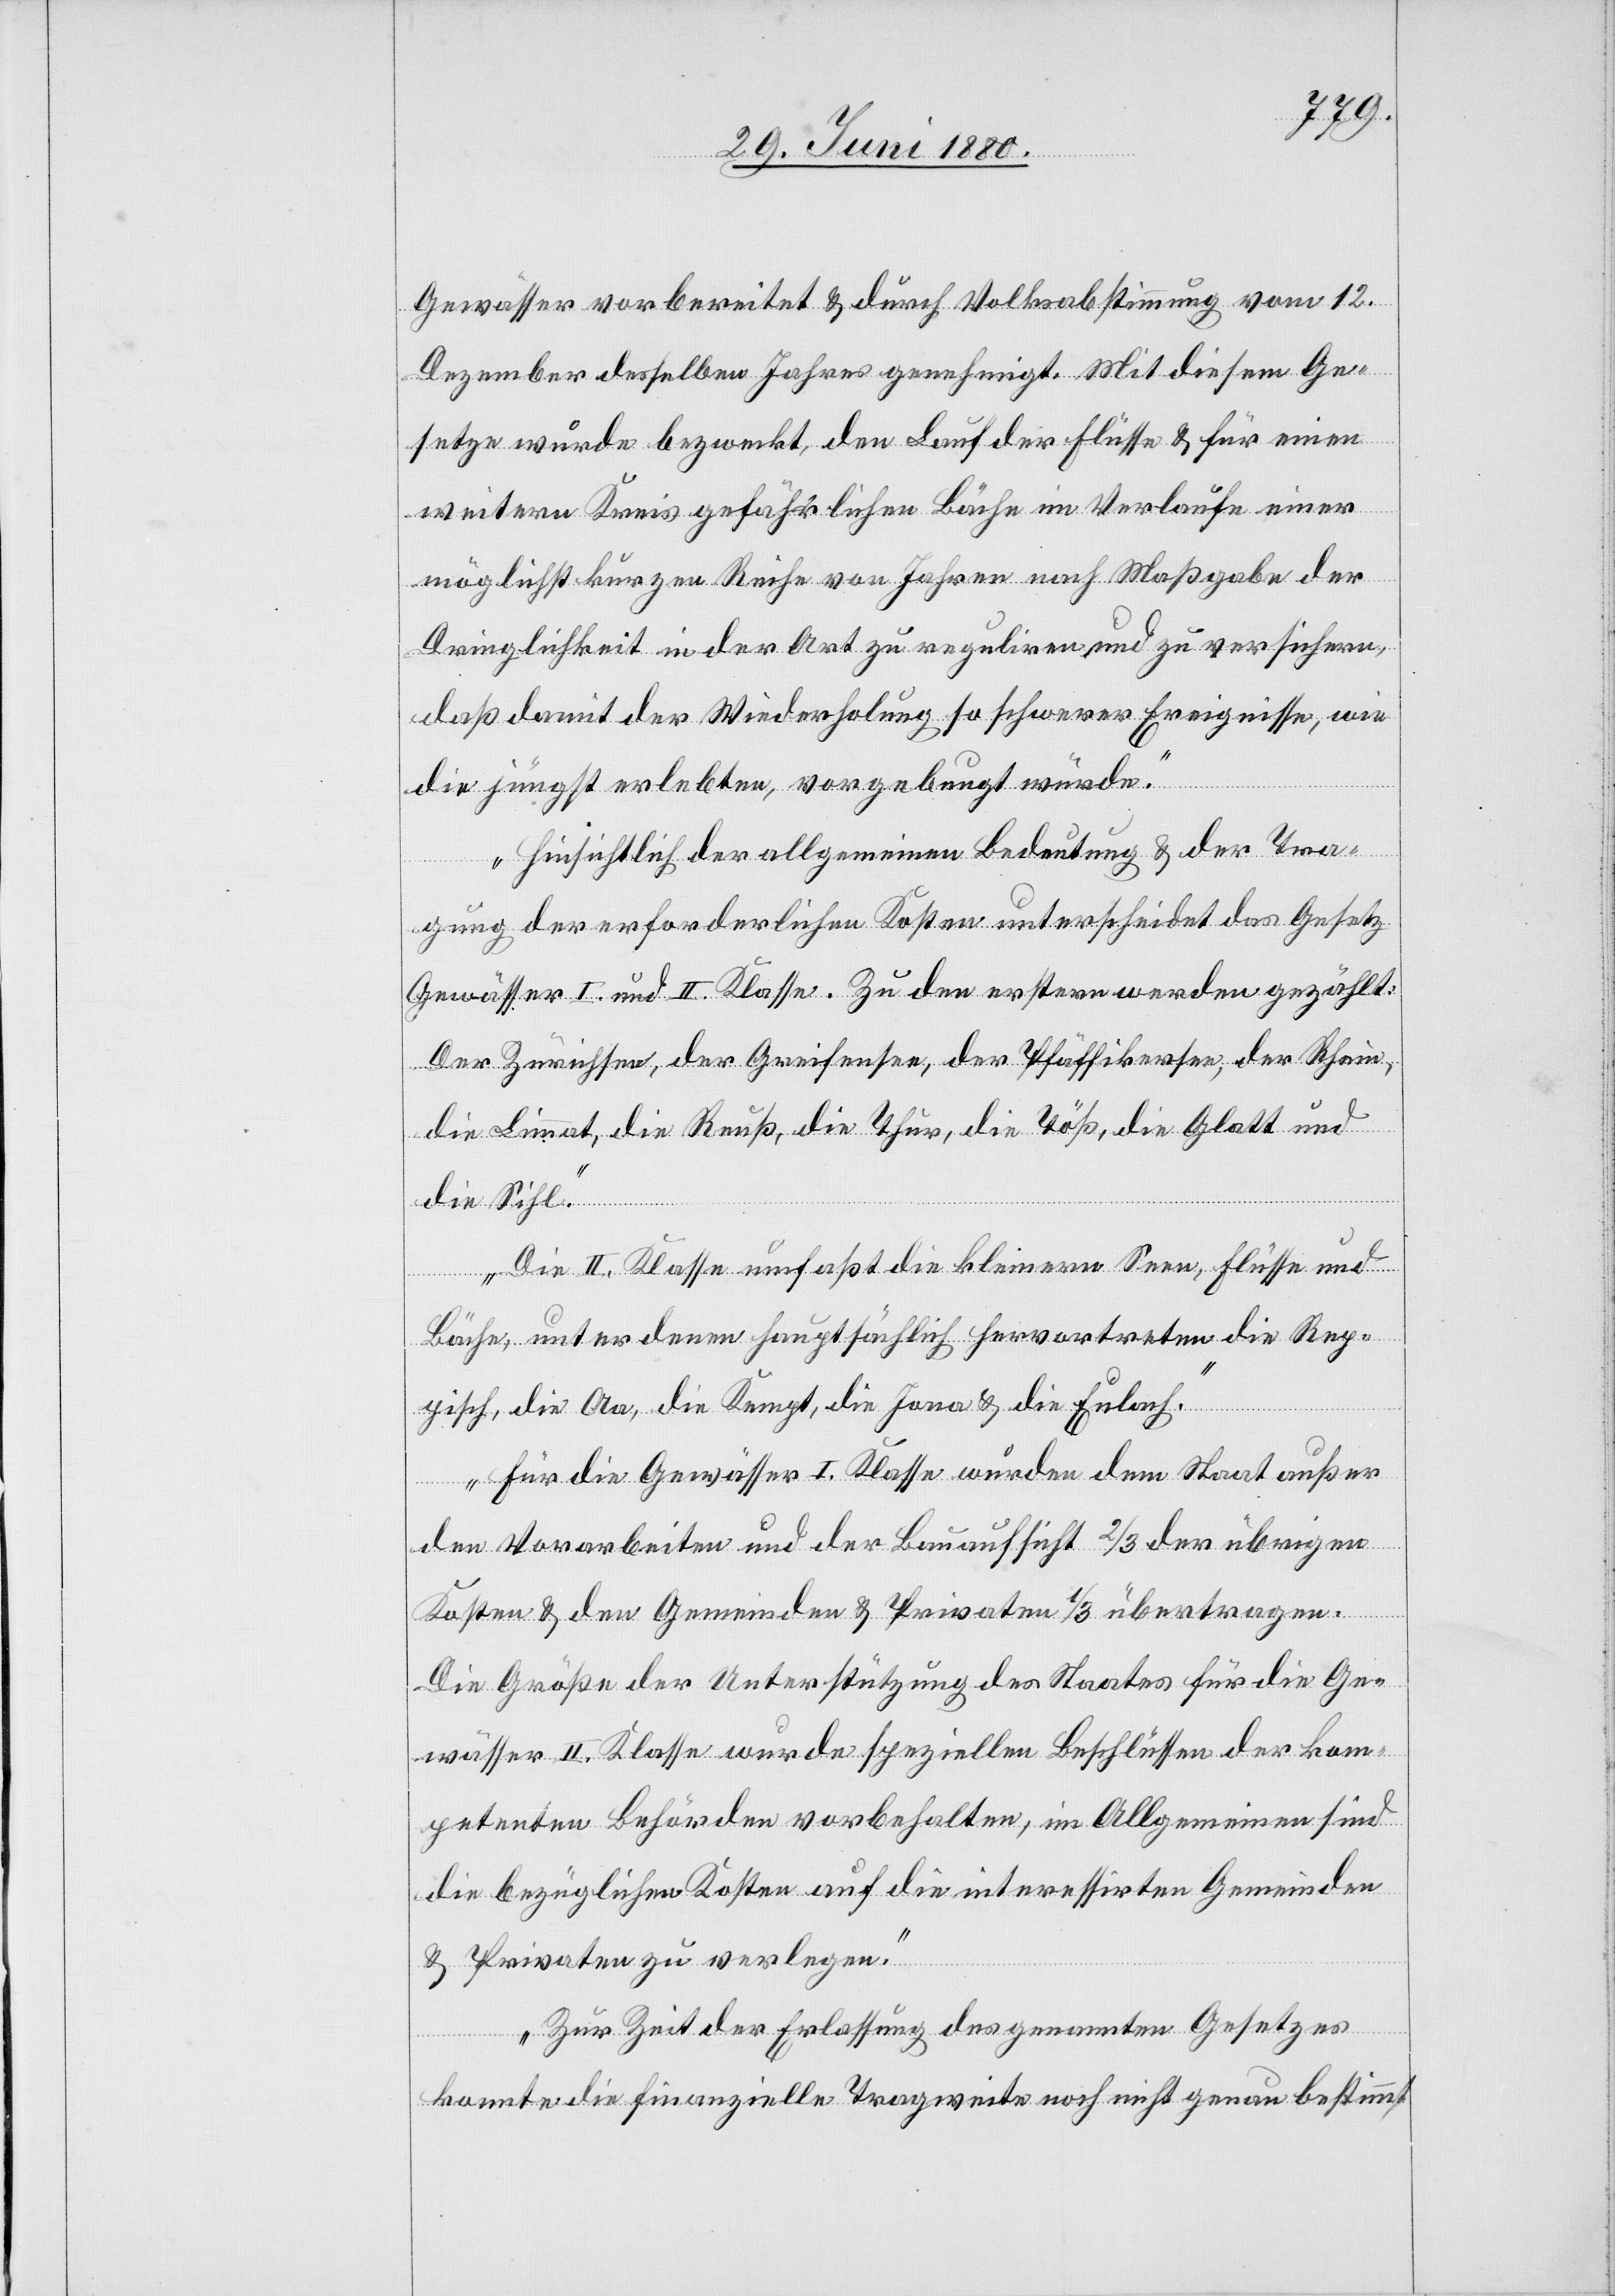
Gewässer vorbereitet & durch Volksabstimmung vom 12.
Dezember desselben Jahres genehmigt. Mit diesem Ge¬
setze wurde bezweckt, den Lauf der Flüsse & für einen
weitern Kreis gefährlichen Bäche im Verlaufe einer
möglichst kurzen Reihe von Jahren nach Maßgabe der
Dringlichkeit in der Art zu reguliren und zu versichern,
daß damit der Wiederholung so schwerer Ereignisse, wie
die jüngst erlebten, vorgebeugt würde.
Hinsichtlich der allgemeinen Bedeutung & der Tra¬
gung der erforderlichen Kosten unterscheidet das Gesetz
Gewässer I. und II. Klasse. Zu den erstern werden gezählt:
Der Zürichsee, der Greifensee, der Pfäffikersee, der Rhein,
die Limmat, die Reuß, die Thur, die Töß, die Glatt und
die Sihl.
Die II. Klasse umfaßt die kleinern Seen, Flüsse und
Bäche, unter denen hauptsächlich hervortreten die Rep¬
pisch, die Aa, die Kempt, die Jona & die Eulach.
Für die Gewässer I. Klasse wurden dem Staat außer
den Vorarbeiten und der Bauaufsicht 2/3 der übrigen
Kosten & den Gemeinden & Privaten 1/3 übertragen.
Die Größe der Unterstützung des Staates für die Ge¬
wässer II. Klasse wurde speziellen Beschlüssen der kom¬
petenten Behörden vorbehalten, im Allgemeinen sind
die bezüglichen Kosten auf die interessirten Gemeinde
& Privaten zu verlegen.
Zur Zeit der Erlassung des genannten Gesetzes
konnte die finanzielle Tragweite noch nicht genau bestimmt